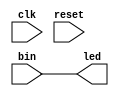
`timescale 1ns / 1ps
//////////////////////////////////////////////////////////////////////////////////
// Universidad: TEC
// Ingenieros: Anthony Artavia - Diego Huertas - Justin Segura
// 
// Nombre del Mdulo: encender_lucesLED
// Nombre del Proyecto: Introduccion a HDL
// Descripcin: Recibe un valor binario y hace que se enciendan leds a partir de este cdigo.
// 
//////////////////////////////////////////////////////////////////////////////////


module encender_lucesLED(
    input [3:0] bin,
    input clk,
    input reset,
    output [3:0] led
    );
    
    //Limite del contador para muestrear el valor en el tiempo deseado
    localparam limite = 24999999; //Para obtener una seal dividida de 2 Hz
    //Formula para la frecuencia deseada:
    //f = 1/T => f = 1/500X10^-3 => f = 2 Hz
    //Formula para tener la frecuencia de la seal que se quiere:
    //limite = [100 Mhz/(2*Frecuencia_deseada)] - 1 => Frecuencia deseada = 24999999
    
    //Variables para realizar el muestreo de la entrada
    reg [3:0] muestreo_bin = 0;
    reg [25:0] contador = 0;
    
    always @(posedge clk or posedge reset)
    begin
      if(reset)
        contador <=0;
      else
      begin
          if (contador == limite)
              contador <= 0;
          else
            contador <= contador +1;
      end
    end
    
    always @(posedge clk or posedge reset)
    begin
      if(reset)
        muestreo_bin <= 0;
      else
      begin
        if(contador == limite)
          muestreo_bin <= bin;
        else
          muestreo_bin <= muestreo_bin;
      end
    end
    
    assign led = bin;
    
endmodule